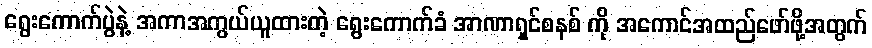
ရွေးကောက်ပွဲနဲ့ အကာအကွယ်ယူထားတဲ့ ရွေးကောက်ခံ အာဏာရှင်စနစ် ကို အကောင်အထည်ဖော်ဖို့အတွက်